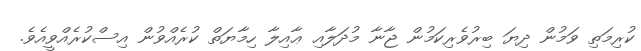
ކުރިމަތި ވަމުން ދިޔަ ބިރުވެރިކަމުން ޖާނާ މުދަލާއި ޢާއިލާ ހިމާޔަތް ކުރެއްވުން އިސްކުރެއްވީއެވެ.